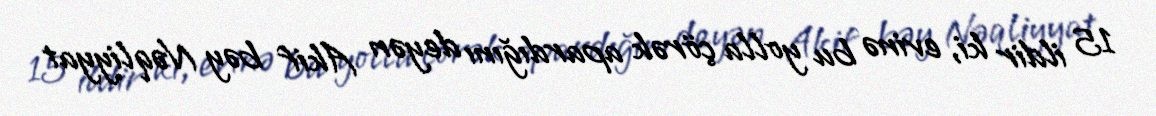
15 ildir ki, evinə bu yolla çörək apardığını deyən Akif bəy Nəqliyyat